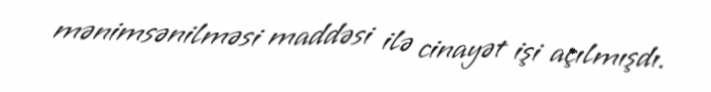
mənimsənilməsi maddəsi ilə cinayət işi açılmışdı.